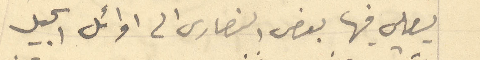
يصلي فيها بعض النصارى الى اوائل الجيل